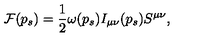
{ \cal F } ( p _ { s } ) = \frac { 1 } { 2 } \omega ( p _ { s } ) I _ { \mu \nu } ( p _ { s } ) S ^ { \mu \nu } ,